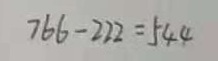
7 6 6 - 2 2 2 = 5 4 4